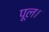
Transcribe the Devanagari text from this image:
पूल।